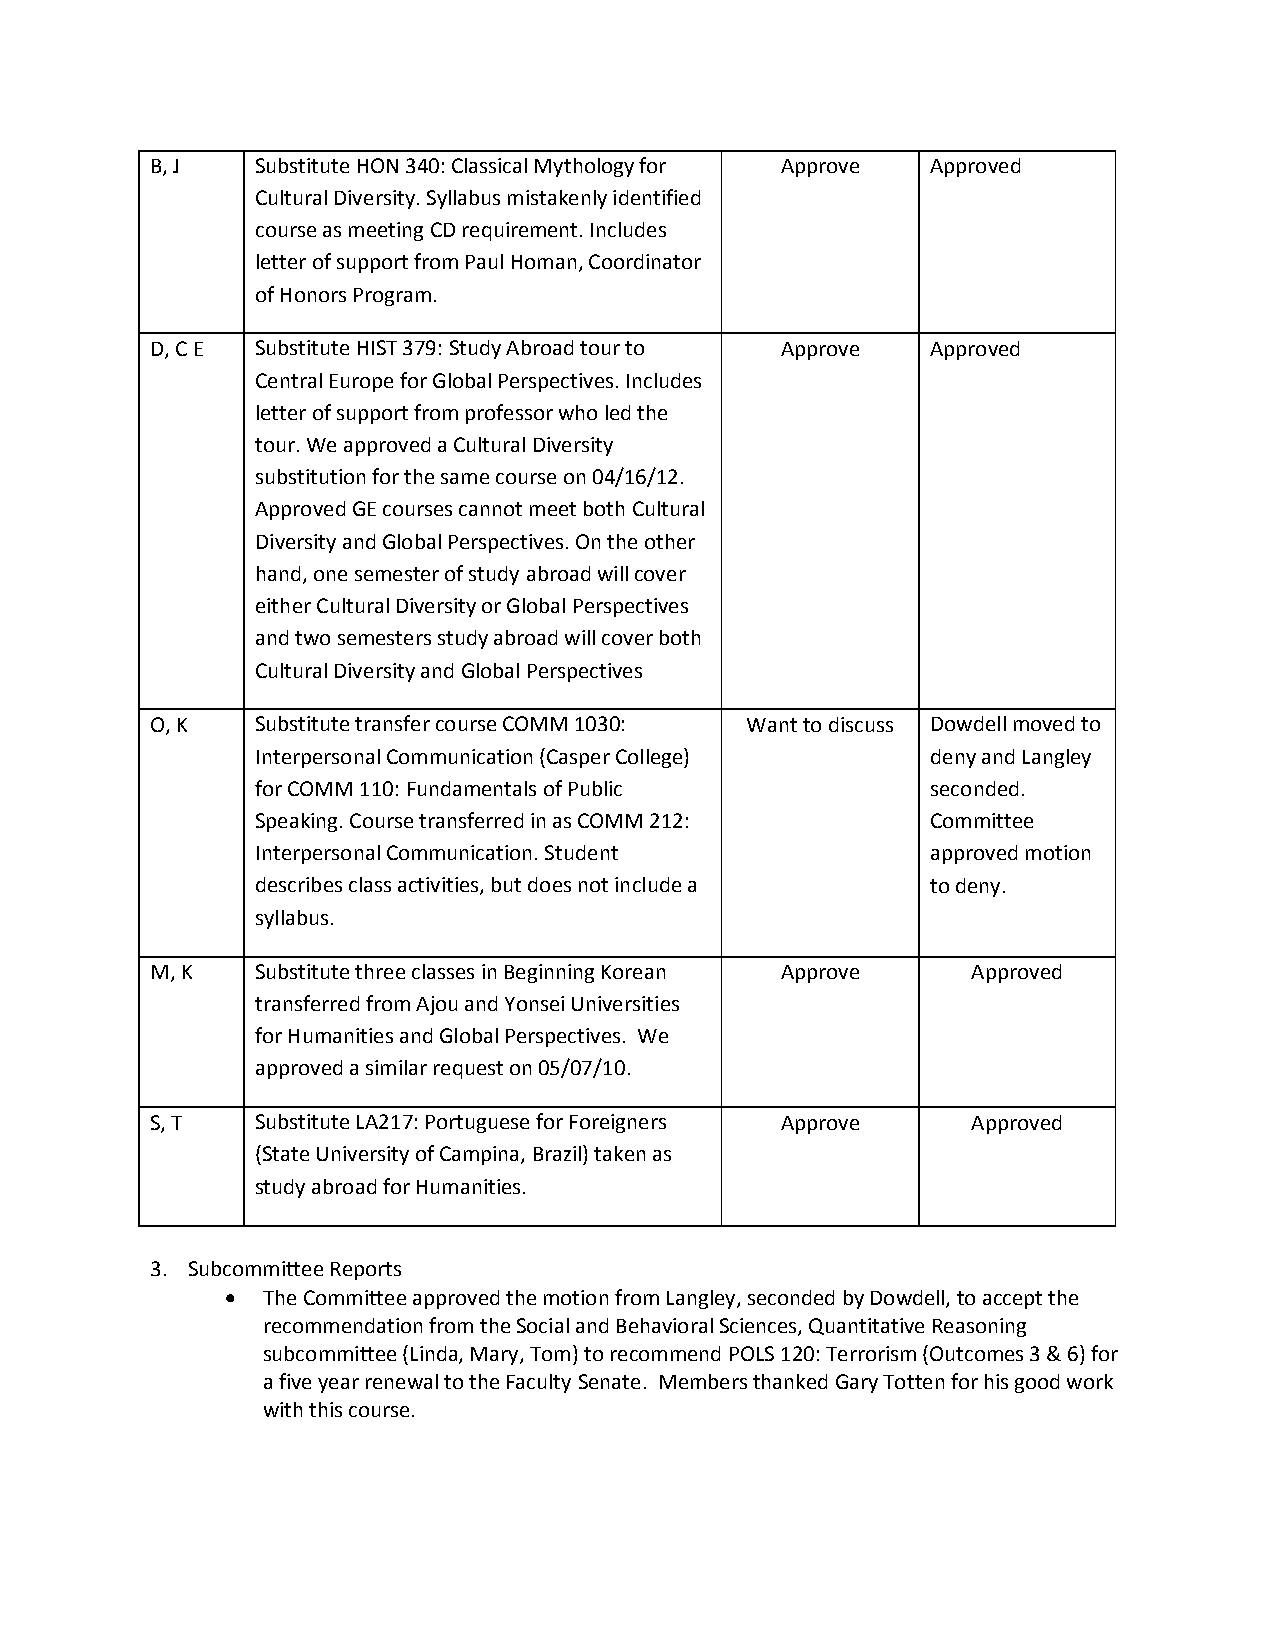
B, J   Substitute HON 340: Classical Mythology for Approve Approved
 Cultural Diversity. Syllabus mistakenly identified
 course as meeting CD requirement. Includes
 letter of support from Paul Homan, Coordinator
 of Honors Program.
 D, C E Substitute HIST 379: Study Abroad tour to Approve Approved
 Central Europe for Global Perspectives. Includes
 letter of support from professor who led the
 tour. We approved a Cultural Diversity
 substitution for the same course on 04/16/12.
 Approved GE courses cannot meet both Cultural
 Diversity and Global Perspectives. On the other
 hand, one semester of study abroad will cover
 either Cultural Diversity or Global Perspectives
 and two semesters study abroad will cover both
 Cultural Diversity and Global Perspectives
 O, K   Substitute transfer course COMM 1030: Want to discuss Dowdell moved to
 Interpersonal Communication (Casper College) deny and Langley
 for COMM 110: Fundamentals of Public         seconded.
 Speaking. Course transferred in as COMM 212: Committee
 Interpersonal Communication. Student         approved motion
 describes class activities, but does not include a to deny.
 syllabus.
 M, K   Substitute three classes in Beginning Korean Approve Approved
 transferred from Ajou and Yonsei Universities
 for Humanities and Global Perspectives. We
 approved a similar request on 05/07/10.
 S, T   Substitute LA217: Portuguese for Foreigners Approve Approved
 (State University of Campina, Brazil) taken as
 study abroad for Humanities.
 3. Subcommittee Reports
 • The Committee approved the motion from Langley, seconded by Dowdell, to accept the
 recommendation from the Social and Behavioral Sciences, Quantitative Reasoning
 subcommittee (Linda, Mary, Tom) to recommend POLS 120: Terrorism (Outcomes 3 & 6) for
 a five year renewal to the Faculty Senate. Members thanked Gary Totten for his good work
 with this course.